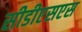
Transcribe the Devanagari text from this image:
सीडीएसएस